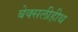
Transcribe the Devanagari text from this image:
बेक्सलीहीथ